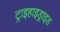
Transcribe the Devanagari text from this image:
ट्राइहाइड्राइड